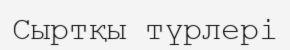
Сыртқы түрлері